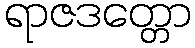
ရာဇဒတ္တော